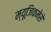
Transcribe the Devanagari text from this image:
म्यूजिकमेसे